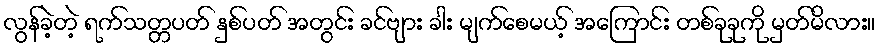
လွန်ခဲ့တဲ့ ရက်သတ္တပတ် နှစ်ပတ် အတွင်း ခင်ဗျား ခါး မျက်စေမယ့် အကြောင်း တစ်ခုခုကို မှတ်မိလား။